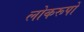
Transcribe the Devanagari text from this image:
लोकरूपों